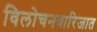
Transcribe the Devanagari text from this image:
विलोचनवारिजात